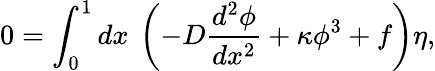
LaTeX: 0=\int_{0}^{1}dx\: \left(-D\frac{d^{2}\phi}{dx^{2}}+\kappa\phi^{3}+f\right)\eta,